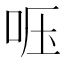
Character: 𱒔